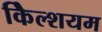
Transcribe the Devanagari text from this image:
कैिल्शयम